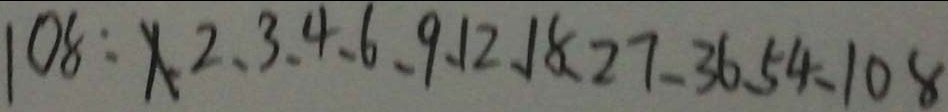
1 0 8 : 1 , 2 , 3 , 4 , 6 , 9 , 1 2 , 1 8 , 2 7 , 3 6 , 5 4 , 1 0 8